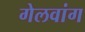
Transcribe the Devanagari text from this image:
गेलवांग